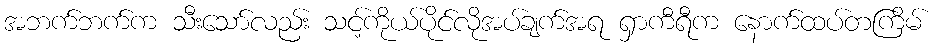
အဘက်ဘက်က သီးသော်လည်း သင့်ကိုယ်ပိုင်လိုအပ်ချက်အရ ရှာကီရီက နောက်ထပ်တကြိမ်